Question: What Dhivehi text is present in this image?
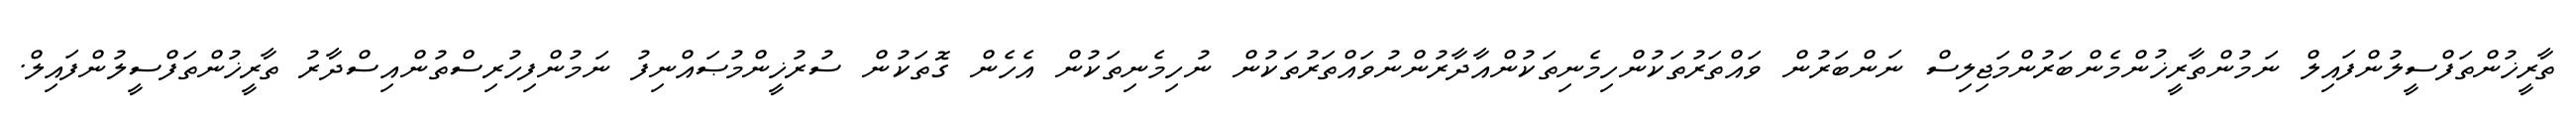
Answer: ތާރީޚުންތަފްސީލުންފައިލް ނަމުންތާރީޚުންމެންބަރުންމަޖިލިސް ނަންބަރުން ވައްތަރުތަކުންހިމެނިތަކުންއާދާރުންނުވައްތަރުތަކުން ނުހިމެނިތަކުން އެހެން ގޮތަކުން ސުރުޚީންމުޞައްނިފު ނަމުންފިހުރިސްތުންއިސްދާރު ތާރީޚުންތަފްސީލުންފައިލް.